Plague in India, 1896, 1897 - Volume 3
Year: 1896
Disease focus: Plague
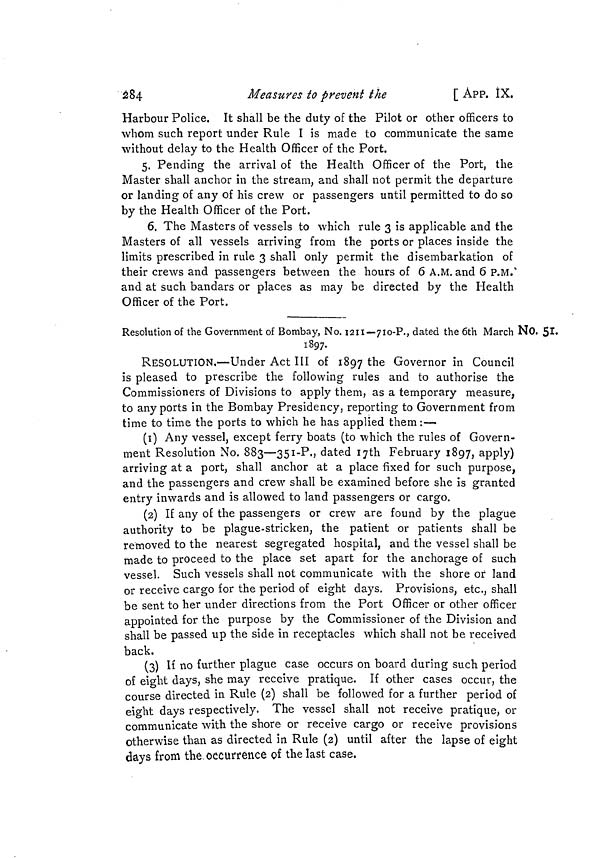
284
Measures to prevent the
[ APP. IX.
Harbour Police. It shall be the duty of the Pilot or other officers to
whom such report under Rule I is made to communicate the same
without delay to the Health Officer of the Port.
5. Pending the arrival of the Health Officer of the Port, the
Master shall anchor in the stream, and shall not permit the departure
or landing of any of his crew or passengers until permitted to do so
by the Health Officer of the Port.
6. The Masters of vessels to which rule 3 is applicable and the
Masters of all vessels arriving from the ports or places inside the
limits prescribed in rule 3 shall only permit the disembarkation of
their crews and passengers between the hours of 6 A.M. and 6 P.M."
and at such bandars or places as may be directed by the Health
Officer of the Port.
No. 51.
Resolution of the Government of Bombay, No. 1211—710-?., dated the 6th March
1897.
RESOLUTION.—Under Act III of 1897 the Governor in Council
is pleased to prescribe the following rules and to authorise the
Commissioners of Divisions to apply them, as a temporary measure,
to any ports in the Bombay Presidency, reporting to Government from
time to time the ports to which he has applied them :—
(1) Any vessel, except ferry boats (to which the rules of Govern-
ment Resolution No. 883—351-P., dated I7th February 1897, apply)
arriving at a port, shall anchor at a place fixed for such purpose,
and the passengers and crew shall be examined before she is granted
entry inwards and is allowed to land passengers or cargo.
(2) If any of the passengers or crew are found by the plague
authority to be plague-stricken, the patient or patients shall be
removed to the nearest segregated hospital, and the vessel shall be
made to proceed to the place set apart for the anchorage of such
vessel. Such vessels shall not communicate with the shore or land
or receive cargo for the period of eight days. Provisions, etc., shall
be sent to her under directions from the Port Officer or other officer
appointed for the purpose by the Commissioner of the Division and
shall be passed up the side in receptacles which shall not be received
back.
(3) If no further plague case occurs on board during such period
of eight days, she may receive pratique. If other cases occur, the
course directed in Rule (2) shall be followed for a further period of
eight days respectively. The vessel shall not receive pratique, or
communicate with the shore or receive cargo or receive provisions
otherwise than as directed in Rule (2) until after the lapse of eight
days from the occurrence of the last case.